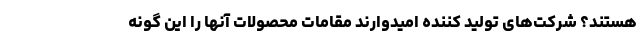
هستند؟ شرکت‌های تولید کننده امیدوارند مقامات محصولات آنها را این گونه